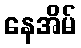
နေအိမ်